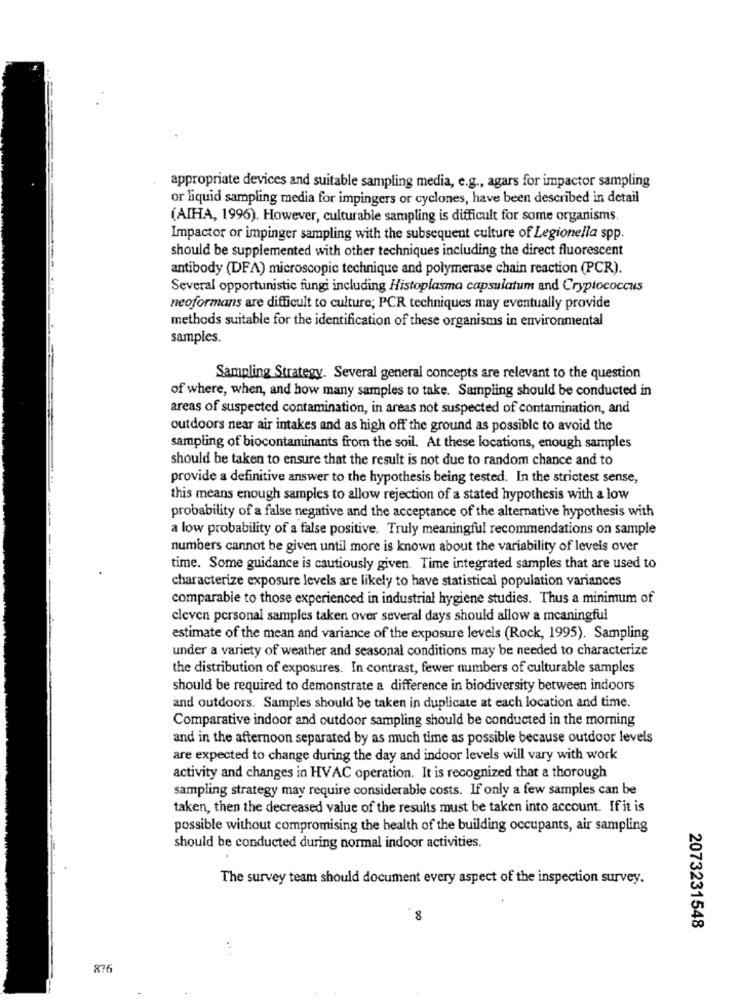
appropriate devices and suitable sampling media, e.g ., agars for impactor sampling
or liquid sampling media for impingers or cyclones, have been described in detail
(AIHA, 1996). However, culturable sampling is difficult for some organisms.
Impactor or impinger sampling with the subsequent culture of Legionella spp.
should be supplemented with other techniques including the direct fluorescent
antibody (DFA) microscopic technique and polymerase chain reaction (PCR).
Several opportunistic fungi including Histoplasma capsulatum and Cryptococcus
neoformans are difficult to culture; PCR techniques may eventually provide
methods suitable for the identification of these organisms in environmental
samples.
Sampling Strategy. Several general concepts are relevant to the question
of where, when, and how many samples to take. Sampling should be conducted in
areas of suspected contamination, in areas not suspected of contamination, and
outdoors near air intakes and as high off the ground as possible to avoid the
sampling of biocontaminants from the soil, At these locations, enough samples
should be taken to ensure that the result is not due to random chance and to
provide a definitive answer to the hypothesis being tested. In the strictest sense,
this means enough samples to allow rejection of a stated hypothesis with a low
probability of a false negative and the acceptance of the alternative hypothesis with
--
a low probability of a false positive. Truly meaningful recommendations on sample
numbers cannot be given until more is known about the variability of levels over
time. Some guidance is cautiously given. Time integrated samples that are used to
characterize exposure levels are likely to have statistical population variances
comparable to those experienced in industrial hygiene studies. Thus a minimum of
eleven personal samples taken over several days should allow a meaningful
estimate of the mean and variance of the exposure levels (Rock, 1995). Sampling
under a variety of weather and seasonal conditions may be needed to characterize
the distribution of exposures. In contrast, fewer numbers of culturable samples
should be required to demonstrate a difference in biodiversity between indoors
and outdoors. Samples should be taken in duplicate at each location and time.
Comparative indoor and outdoor sampling should be conducted in the morning
and in the afternoon separated by as much time as possible because outdoor levels
are expected to change during the day and indoor levels will vary with work
activity and changes in HVAC operation. It is recognized that a thorough
sampling strategy may require considerable costs. If only a few samples can be
taken, then the decreased value of the results must be taken into account. If it is
possible without compromising the health of the building occupants, air sampling
should be conducted during normal indoor activities.
The survey team should document every aspect of the inspection survey.
8
2073231548
876